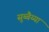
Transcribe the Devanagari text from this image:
सुब्बैय्या